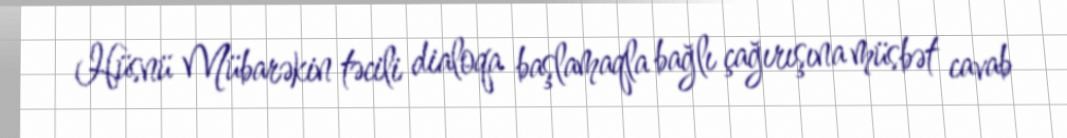
Hüsnü Mübarəkin təcili dialoqa başlamaqla bağlı çağırışına müsbət cavab